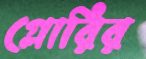
গ্লোরির